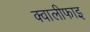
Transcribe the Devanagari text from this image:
क्वालीफाइ